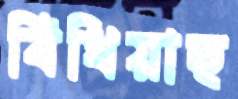
বিঁধিয়াছ